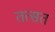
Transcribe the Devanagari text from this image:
तत्सत